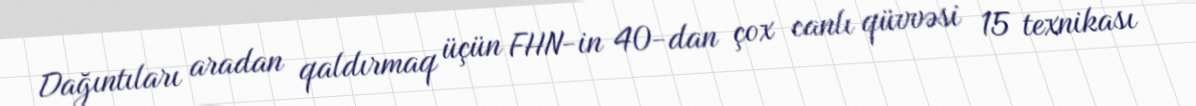
Dağıntıları aradan qaldırmaq üçün FHN-in 40-dan çox canlı qüvvəsi 15 texnikası